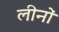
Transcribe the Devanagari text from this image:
लीनों